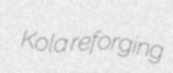
Kola reforging